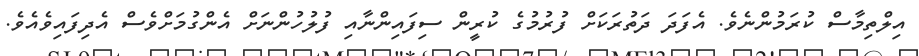
އިލްތިމާސް ކުރަމުންނެވެ. އެފަދަ ދަތުރަކަށް ފުރުމުގެ ކުރީން ސިފައިންނާއި ފުލުހުންނަށް އެންގުމަށްވެސް އެދިފައިވެއެވެ.